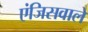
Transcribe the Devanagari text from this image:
एंजिसवाले